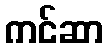
ကင်ဆာ